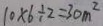
1 0 \times 6 \div 2 = 3 0 m ^ { 2 }